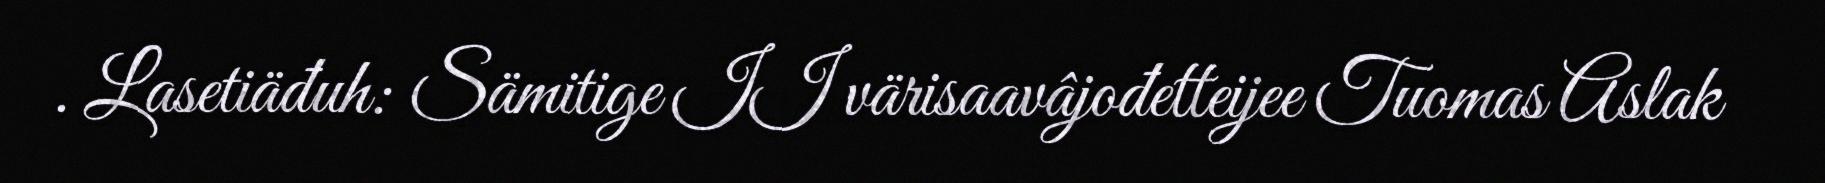
. Lasetiäđuh: Sämitige II värisaavâjođetteijee Tuomas Aslak